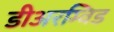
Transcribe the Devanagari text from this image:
डीअरम्विड